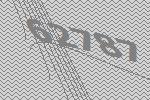
62787